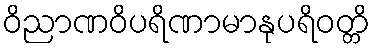
ဝိညာဏဝိပရိဏာမာနုပရိဝတ္တိ